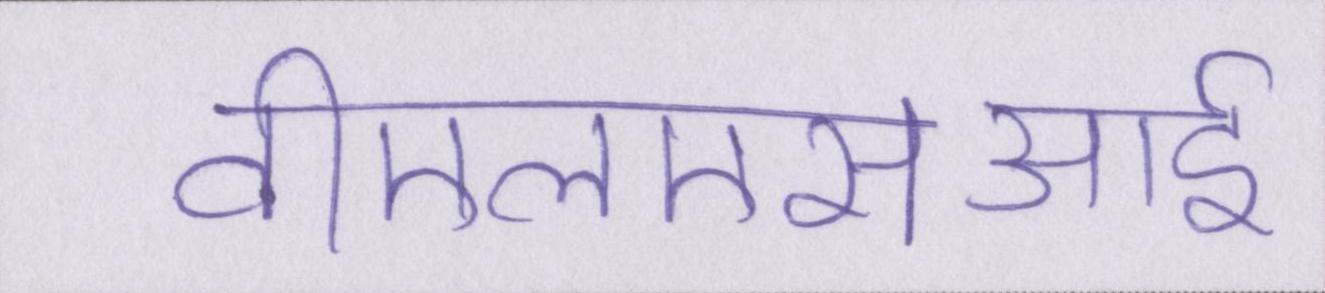
वीएलएसआई